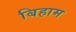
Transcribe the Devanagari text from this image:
बिहाम